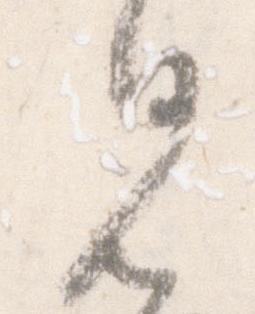
見